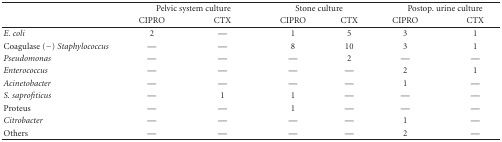
<table><thead><tr><td><b> </b></td><td colspan="2"><b>Pelvic system culture</b></td><td colspan="2"><b>Stone culture</b></td><td colspan="2"><b>Postop. urine culture</b></td></tr><tr><td><b> </b></td><td><b>CIPRO</b></td><td><b>CTX</b></td><td><b>CIPRO</b></td><td><b>CTX</b></td><td><b>CIPRO</b></td><td><b>CTX</b></td></tr></thead><tbody><tr><td><i>E. coli </i></td><td>2</td><td>—</td><td>1</td><td>5</td><td>3</td><td>1</td></tr><tr><td>Coagulase (−) <i>Staphylococcus </i></td><td>—</td><td>—</td><td>8</td><td>10</td><td>3</td><td>1</td></tr><tr><td><i>Pseudomonas </i></td><td>—</td><td>—</td><td>—</td><td>2</td><td>—</td><td>—</td></tr><tr><td><i>Enterococcus </i></td><td>—</td><td>—</td><td>—</td><td>—</td><td>2</td><td>1</td></tr><tr><td><i>Acinetobacter </i></td><td>—</td><td>—</td><td>—</td><td>—</td><td>1</td><td>—</td></tr><tr><td><i>S. saprofiticus </i></td><td>—</td><td>1</td><td>1</td><td>—</td><td>—</td><td>—</td></tr><tr><td>Proteus</td><td>—</td><td>—</td><td>1</td><td>—</td><td>—</td><td>—</td></tr><tr><td><i>Citrobacter </i></td><td>—</td><td>—</td><td>—</td><td>—</td><td>1</td><td>—</td></tr><tr><td>Others </td><td>—</td><td>—</td><td>—</td><td>—</td><td>2</td><td>—</td></tr></tbody></table>